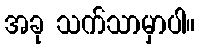
အခု သက်သာမှာပါ။